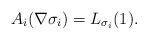
LaTeX: \begin{align*} A_i (\nabla \sigma_i) = L_{\sigma_i}(1).\end{align*}